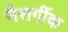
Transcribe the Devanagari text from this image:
नैसर्गीक